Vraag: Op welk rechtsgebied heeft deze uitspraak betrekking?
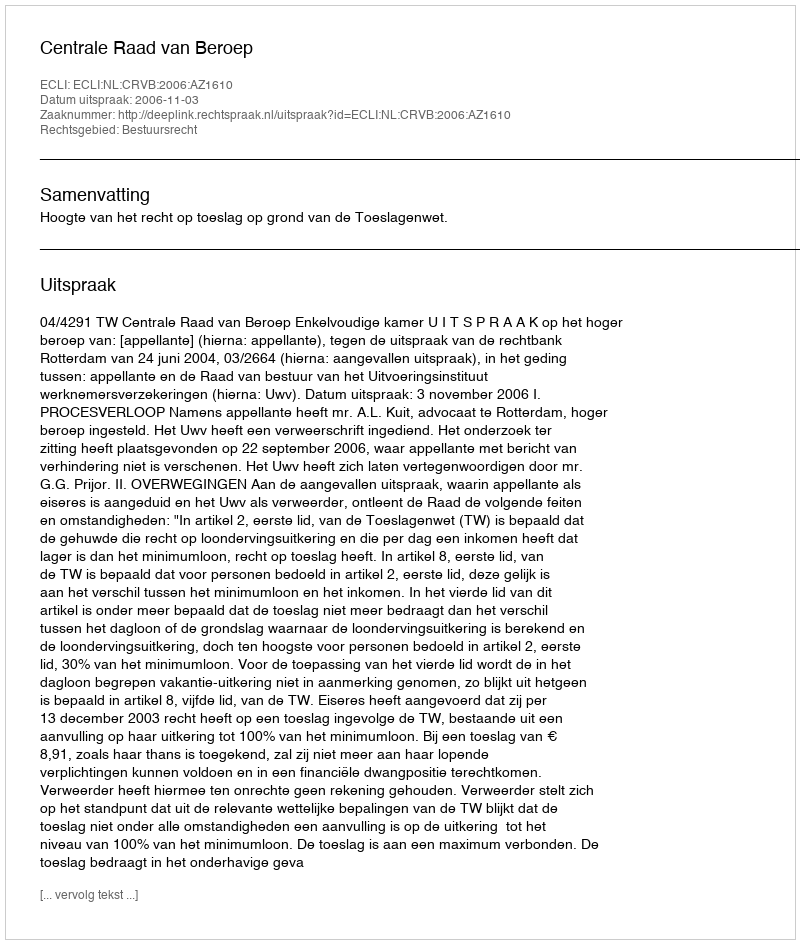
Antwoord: Bestuursrecht